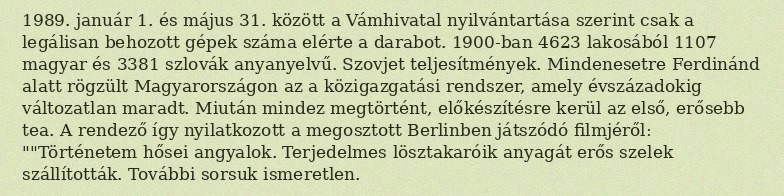
1989. január 1. és május 31. között a Vámhivatal nyilvántartása szerint csak a legálisan behozott gépek száma elérte a darabot. 1900-ban 4623 lakosából 1107 magyar és 3381 szlovák anyanyelvű. Szovjet teljesítmények. Mindenesetre Ferdinánd alatt rögzült Magyarországon az a közigazgatási rendszer, amely évszázadokig változatlan maradt. Miután mindez megtörtént, előkészítésre kerül az első, erősebb tea. A rendező így nyilatkozott a megosztott Berlinben játszódó filmjéről: ""Történetem hősei angyalok. Terjedelmes lösztakaróik anyagát erős szelek szállították. További sorsuk ismeretlen.